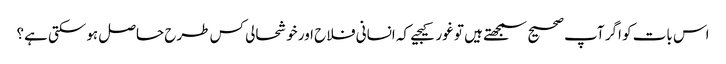
اس بات کو اگر آپ صحیح سمجھتے ہیں تو غور کیجیے کہ انسانی فلاح اور خوشحالی کس طرح حاصل ہوسکتی ہے؟